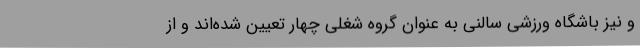
و نیز باشگاه ورزشی سالنی به عنوان گروه شغلی چهار تعیین شده‌اند و از